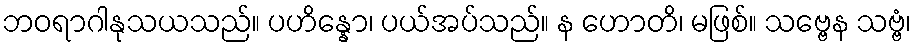
ဘဝရာဂါနုသယသည်။ ပဟိန္နော၊ ပယ်အပ်သည်။ န ဟောတိ၊ မဖြစ်။ သဗ္ဗေန သဗ္ဗံ၊